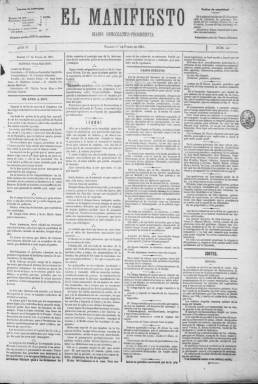
Título: El Manifiesto (Madrid. 1880)
Colección: Periódicos
Ámbito geográfico: Madrid
Lugar de publicación: Madrid
Fechas: 01/01/1881-30/12/1881

Este periódico fue fundado el 1 de noviembre de 1880 como órgano del Partido Democrático Progresista, formación política que había sido constituida en abril de ese año con la proclamación de un manifiesto, de ahí el título del diario. Dicho manifiesto estaba firmado por figuras relevantes del Sexenio democrático y de la Primera República de 1873, como Nicolás Salmerón, Cristino Martos, Manuel Ruiz Zorrilla o Laureano Figuerola.

   El partido y el diario que le servía de portavoz eran de ideario republicano, a diferencia del partido demócrata de Emilio Castelar, que era posibilista, es decir defendía el sufragio universal y las libertades, pero sin hacer cuestión de la forma del Estado, fuera república o monarquía. El Partido Democrático Progresista reconocía como jefe a Ruiz Zorrilla, quien se encontraba entonces en el exilio en París, adonde había marchado en 1875 tras la Restauración borbónica.

    El periódico salía diariamente salvo los lunes, constaba de cuatro páginas y los artículos de fondo ideológicos eran su contenido principal, como era normal en un periódico de partido. Daba información también nacional, de las sesiones del Congreso y el Senado, noticias de Madrid y provincias, así como del extranjero a través de la agencia Fabra. Había también espacio, aunque poco, para la cartelera de espectáculos y para la información de Bolsa. Otra sección estaba dedicada a repasar lo publicado por el resto de la prensa y la última página estaba destinada a los anuncios.

   La colección de la Biblioteca Nacional de España arranca con el número del 1 de enero de 1881 y concluye con el del 30 de diciembre del mismo año, siendo posible que cesara entonces o que no se prolongara por mucho más tiempo dada las diferencias existentes entre las principales figuras políticas del partido.

Así, ya el 1 de mayo de 1881 había aparecido el periódico El Progreso, también órgano del Partido Democrático Progresista, pero con un enfoque más republicano y anticlerical. El partido acabó escindiéndose en noviembre siendo elegido presidente Cristino Martos en contra de Ruiz Zorrilla, quien acabó fundando otro periódico, El Porvenir.

  En el último número de El Manifiesto puede verse en portada una esquela recordando el aniversario del fallecimiento del general Prim, muerto en atentado el 30 de diciembre de 1870 y del que se hace un encendido elogio como emblema del liberalismo español y gloria nacional. Ruiz Zorrilla había estado muy unido a Prim.
    Más información sobre la prensa republicana del siglo XIX puede leerse en un artículo de Carmen Pérez Roldán publicado en el número 4 de la revista Historia y Comunicación Social, en 1999, y que está disponible online.

[Descripción publicada el 7/07/2023]